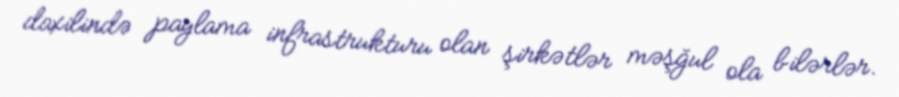
daxilində paylama infrastrukturu olan şirkətlər məşğul ola bilərlər.